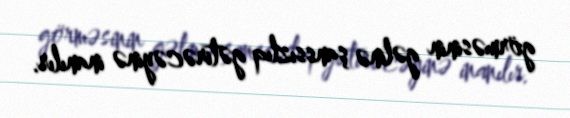
görməsinin gəlinə şanssızlıq gətirəcəyinə inanılır.